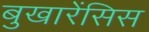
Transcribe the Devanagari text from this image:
बुखारेंसिस